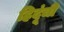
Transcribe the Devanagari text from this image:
हिदूंची